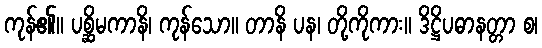
ကုန်၏။ ပစ္ဆိမကာနိ၊ ကုန်သော။ တာနိ ပန၊ တို့ကိုကား။ ဒိဋ္ဌိပဓာနတ္တာ စ၊